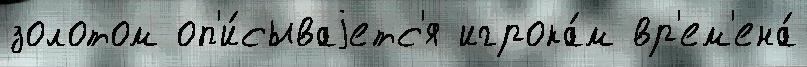
золотом оп'и́сываjетс'я игрока́м вр'ем'ена́